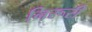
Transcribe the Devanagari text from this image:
निरूरी